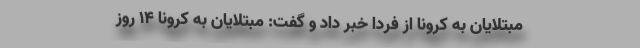
مبتلایان به کرونا از فردا خبر داد و گفت: مبتلایان به کرونا 14 روز